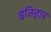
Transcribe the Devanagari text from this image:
इतिहार